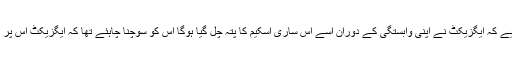
جج نے یہ ریماکس دیے کہ ایگزیکٹ نے اپنی وابستگی کے دوران اسے اس ساری اسکیم کا پتہ چل گیا ہوگا اس کو سوچنا چاہئے تھا کہ ایگزیکٹ اس پر اتنا مہربان کیوں ہے؟